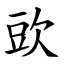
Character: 㰯